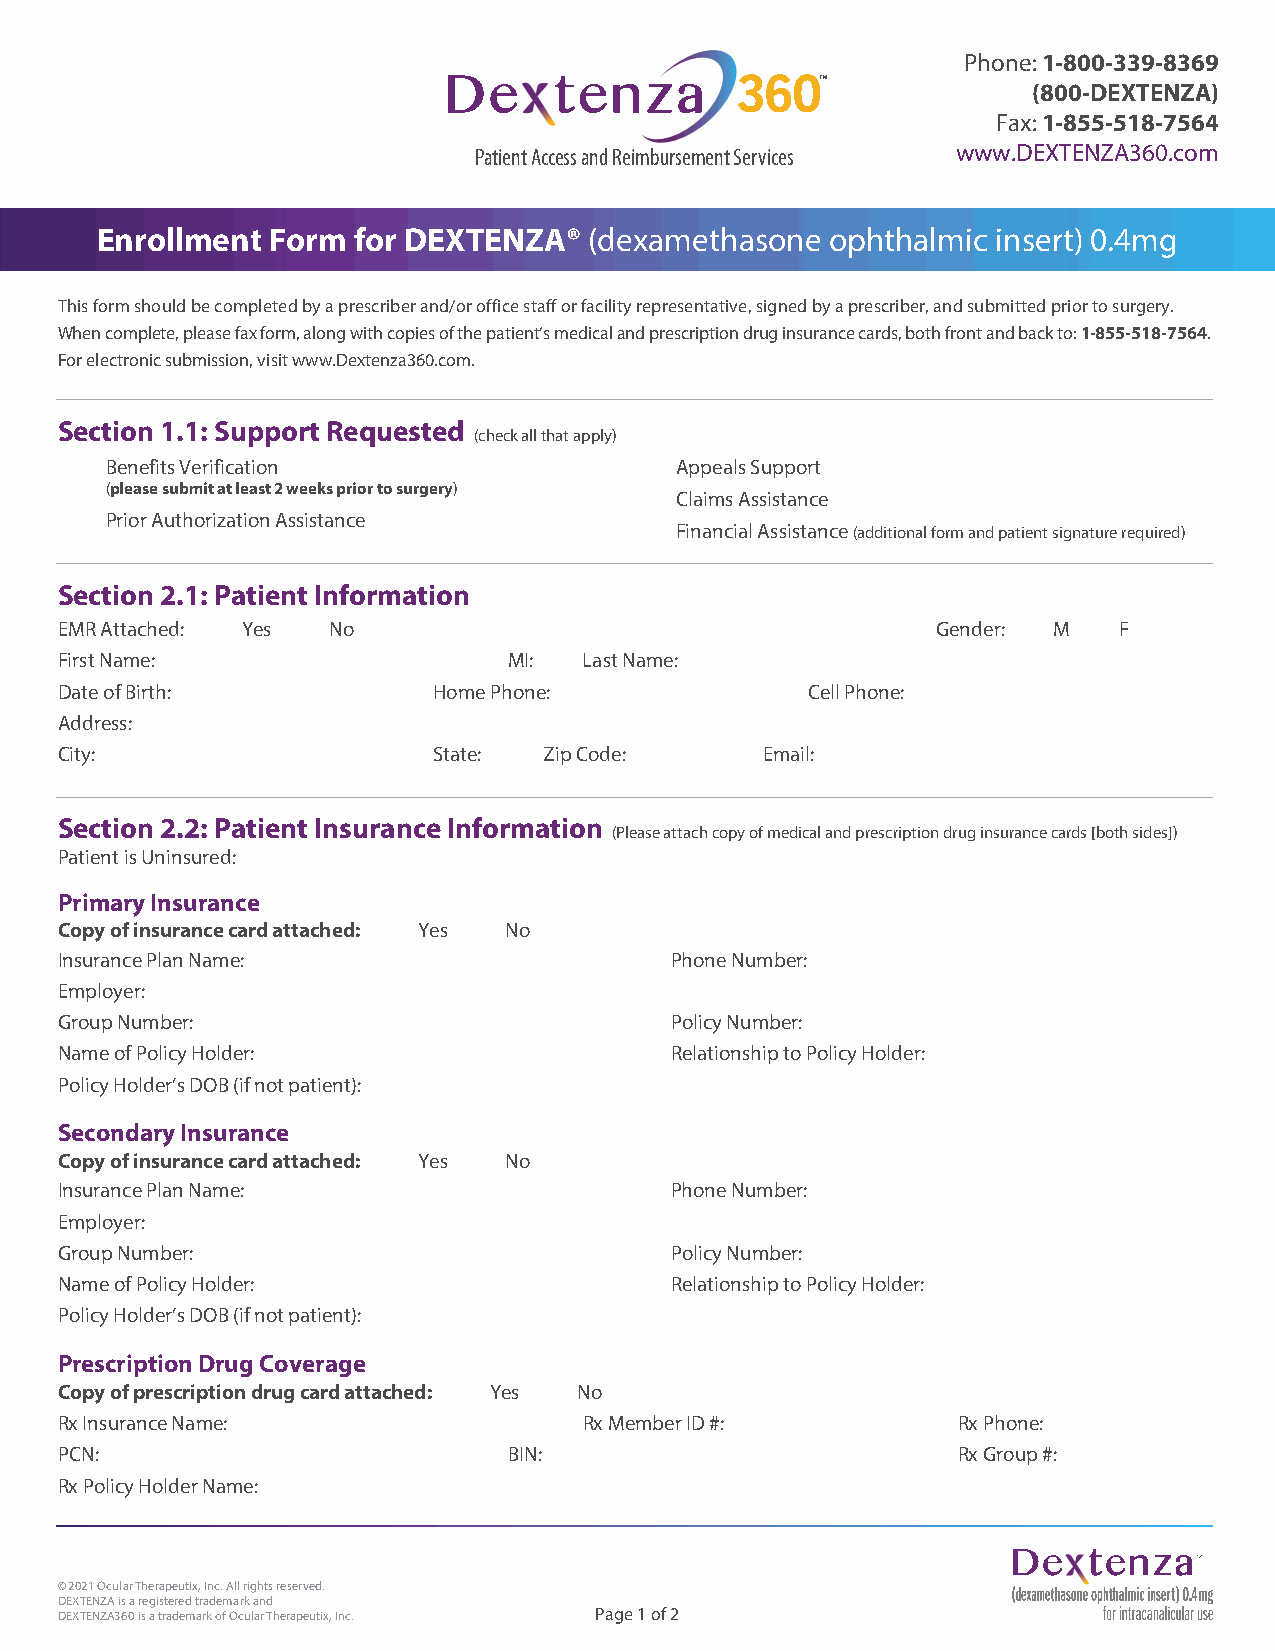
Phone: 1-800-339-8369
 TM
 (800-DEXTENZA)
 Fax: 1-855-518-7564
 Patient Access and Reimbursement Services www.DEXTENZA360.com
 Enrollment  Form for DEXTENZA®   (dexamethasone  ophthalmic insert) 0.4mg
 This form should be completed by a prescriber and/or office staff or facility representative, signed by a prescriber, and submitted prior to surgery.
 When complete, please fax form, along with copies of the patient’s medical and prescription drug insurance cards, both front and back to: 1-855-518-7564.
 For electronic submission, visit www.Dextenza360.com.
 Section 1.1: Support Requested
 (check all that apply)
 Benefits Verification                 Appeals Support
 (please submit at least 2 weeks prior to surgery)
 Claims Assistance
 Prior Authorization Assistance
 Financial Assistance (additional form and patient signature required)
 Section 2.1: Patient Information
 EMR Attached: Yes No                                      Gender: M   F
 First Name:                   MI:  Last Name:
 Date of Birth:           Home Phone:             Cell Phone:
 Address:
 City:                    State: Zip Code:      Email:
 Section 2.2: Patient Insurance Information
 (Please attach copy of medical and prescription drug insurance cards [both sides])
 Patient is Uninsured:
 Primary Insurance
 Copy of insurance card attached: Yes No
 Insurance Plan Name:                    Phone Number:
 Employer:
 Group Number:                           Policy Number:
 Name of Policy Holder:                  Relationship to Policy Holder:
 Policy Holder’s DOB (if not patient):
 Secondary Insurance
 Copy of insurance card attached: Yes No
 Insurance Plan Name:                    Phone Number:
 Employer:
 Group Number:                           Policy Number:
 Name of Policy Holder:                  Relationship to Policy Holder:
 Policy Holder’s DOB (if not patient):
 Prescription Drug Coverage
 Copy of prescription drug card attached: Yes No
 Rx Insurance Name:                 Rx Member ID #:         Rx Phone:
 PCN:                          BIN:                         Rx Group #:
 Rx Policy Holder Name:
 © 2021 Ocular Therapeutix, Inc. All rights reserved.
 DEXTENZA is a registered trademark and
 DEXTENZA360 is a trademark of Ocular Therapeutix, Inc. Page 1 of 2